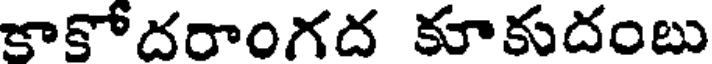
కాకోదరాంగద కూకుదంబు